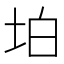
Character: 𡊚